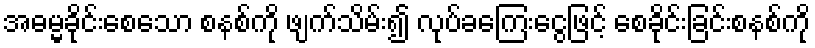
အဓမ္မခိုင်းစေသော စနစ်ကို ဖျက်သိမ်း၍ လုပ်ခကြေးငွေဖြင့် စေခိုင်းခြင်းစနစ်ကို